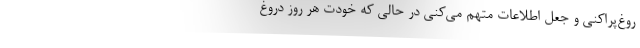
روغ‌پراکنی و جعل اطلاعات متهم می‌کنی در حالی که خودت هر روز دروغ‌